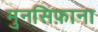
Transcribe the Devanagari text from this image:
मुनसिफ़ाना